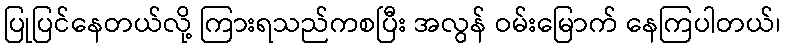
ပြုပြင်နေတယ်လို့ ကြားရသည်ကစပြီး အလွန် ဝမ်းမြောက် နေကြပါတယ်၊